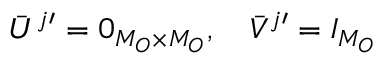
\begin{array} { r } { \bar { U } ^ { j \prime } = 0 _ { M _ { O } \times M _ { O } } , \quad \bar { V } ^ { j \prime } = I _ { M _ { O } } } \end{array}